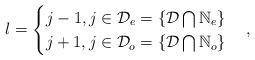
LaTeX: \begin{align*}l=\begin{cases}j-1,j\in\mathcal{D}_e=\{\mathcal{D}\bigcap \mathbb{N}_e\}\\j+1,j\in\mathcal{D}_o=\{\mathcal{D}\bigcap \mathbb{N}_o\}\end{cases},\end{align*}